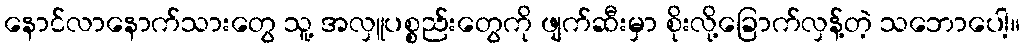
နောင်လာနောက်သားတွေ သူ့ အလှူပစ္စည်းတွေကို ဖျက်ဆီးမှာ စိုးလို့ခြောက်လှန့်တဲ့ သဘောပေါ့။